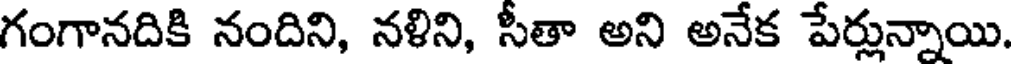
గంగానదికి నందిని, నళిని, సీతా అని అనేక పేర్లున్నాయి.